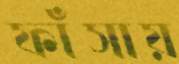
ফাঁসায়